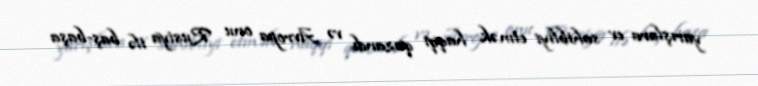
yarışlara ev sahibliyi etmək haqqı qazandı və Avropa onu Rusiya ilə baş-başa